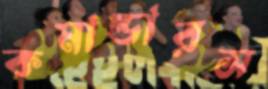
কমান্ডারস